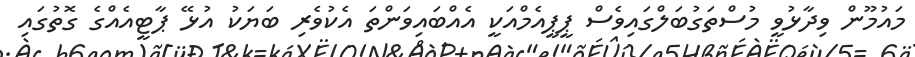
މައުމޫން ވިދާޅުވީ މުސްތަގުބަލްގައިވެސް ޕީޕީއެމްއަކީ އެއްބައިވަންތަ އެކުވެރި ބަޔަކު އުޅޭ ޕާޓީއެއްގެ ގޮތުގައި